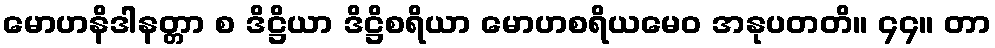
မောဟနိဒါနတ္တာ စ ဒိဋ္ဌိယာ ဒိဋ္ဌိစရိယာ မောဟစရိယမေဝ အနုပတတိ။ ၄၄။ တာ